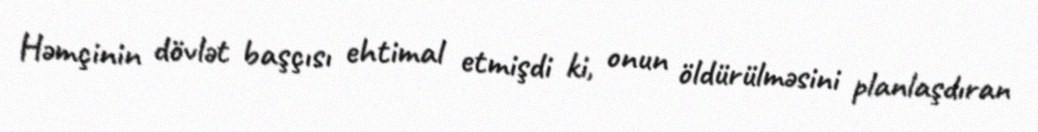
Həmçinin dövlət başçısı ehtimal etmişdi ki, onun öldürülməsini planlaşdıran